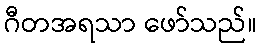
ဂီတအရသာ ဖော်သည်။